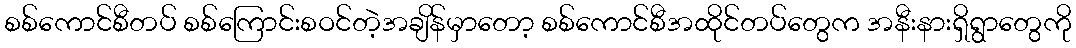
စစ်ကောင်စီတပ် စစ်ကြောင်းစဝင်တဲ့အချိန်မှာတော့ စစ်ကောင်စီအထိုင်တပ်တွေက အနီးနားရှိရွာတွေကို